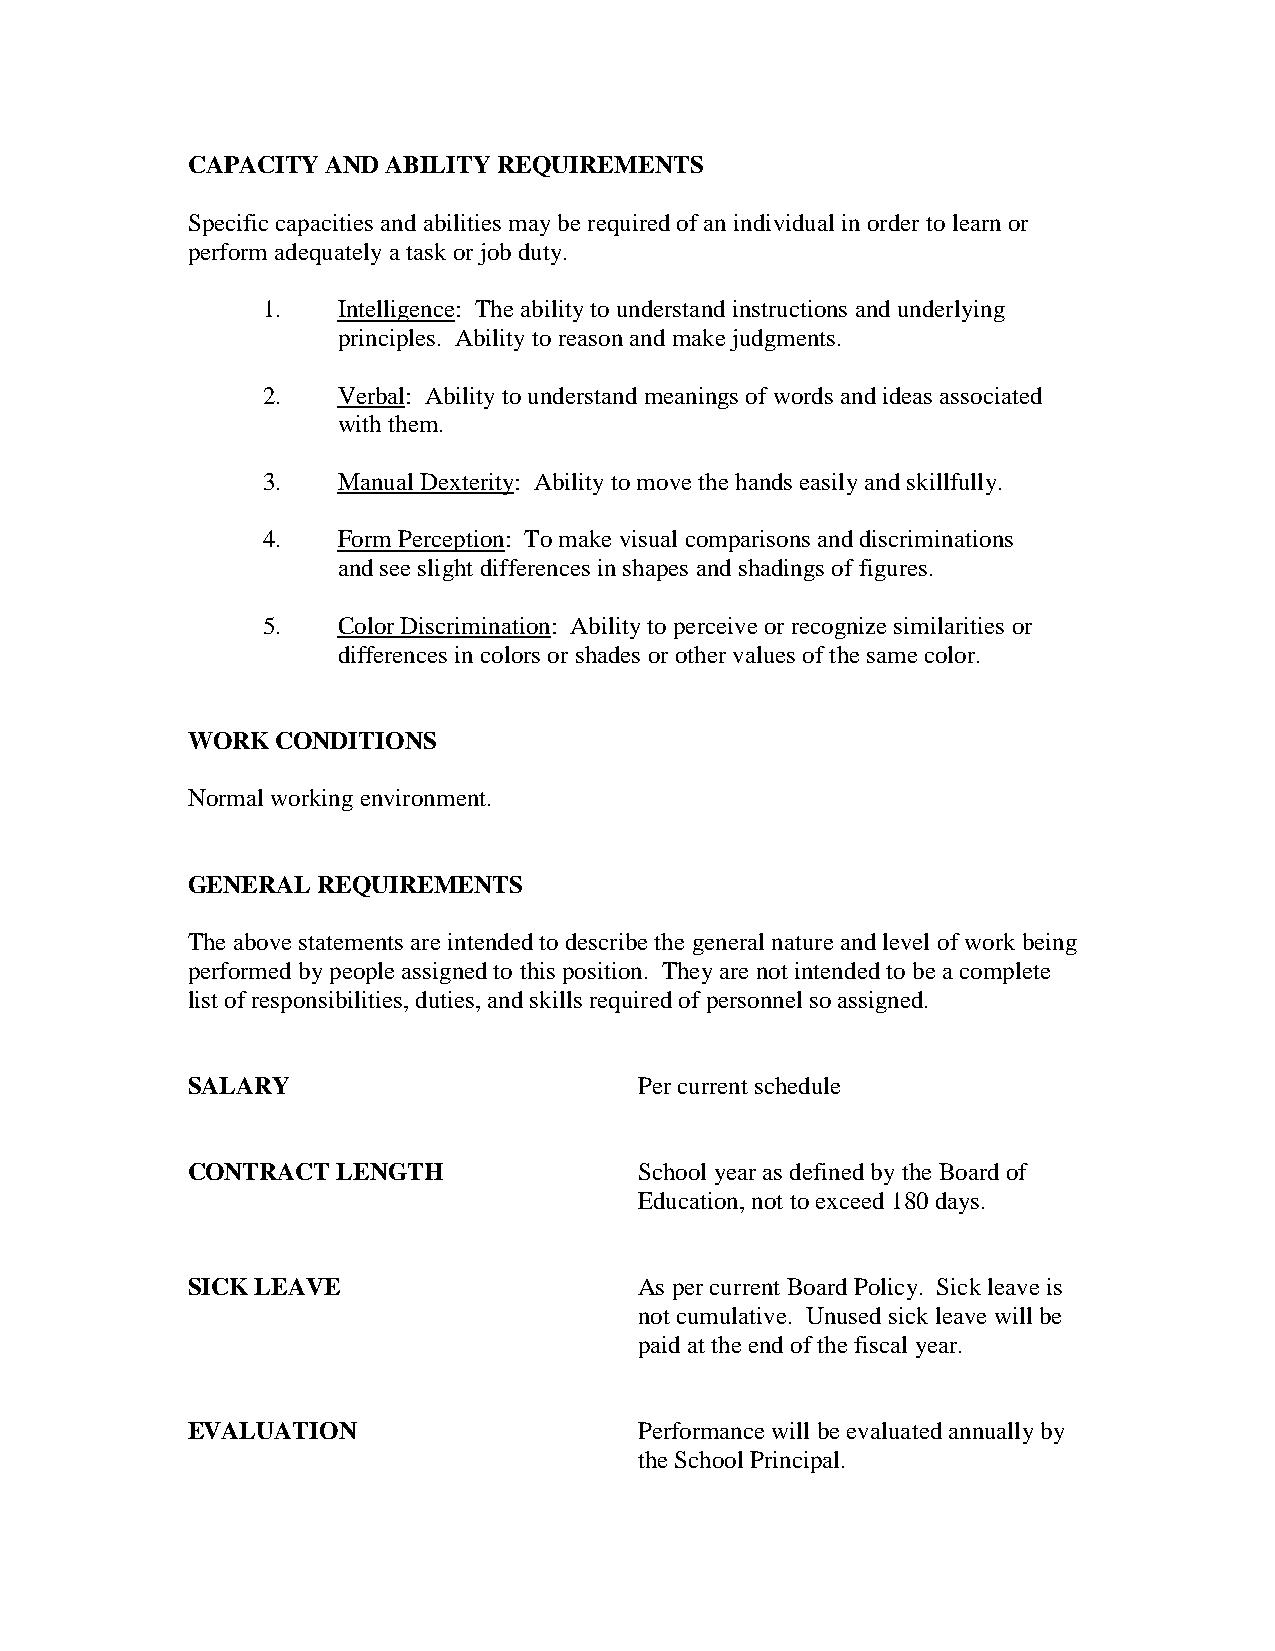
CAPACITY  AND ABILITY REQUIREMENTS
 Specific capacities and abilities may be required of an individual in order to learn or
 perform adequately a task or job duty.
 1.   Intelligence: The ability to understand instructions and underlying
 principles. Ability to reason and make judgments.
 2.   Verbal: Ability to understand meanings of words and ideas associated
 with them.
 3.   Manual Dexterity: Ability to move the hands easily and skillfully.
 4.   Form Perception: To make visual comparisons and discriminations
 and see slight differences in shapes and shadings of figures.
 5.   Color Discrimination: Ability to perceive or recognize similarities or
 differences in colors or shades or other values of the same color.
 WORK  CONDITIONS
 Normal working environment.
 GENERAL  REQUIREMENTS
 The above statements are intended to describe the general nature and level of work being
 performed by people assigned to this position. They are not intended to be a complete
 list of responsibilities, duties, and skills required of personnel so assigned.
 SALARY                        Per current schedule
 CONTRACT  LENGTH              School year as defined by the Board of
 Education, not to exceed 180 days.
 SICK LEAVE                    As per current Board Policy. Sick leave is
 not cumulative. Unused sick leave will be
 paid at the end of the fiscal year.
 EVALUATION                    Performance will be evaluated annually by
 the School Principal.